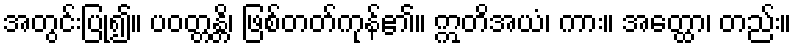
အတွင်းပြု၍။ ပဝတ္တန္တိ၊ ဖြစ်တတ်ကုန်၏။ ဣတိအယံ၊ ကား။ အတ္ထော၊ တည်း။